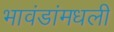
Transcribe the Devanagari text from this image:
भावंडांमधली